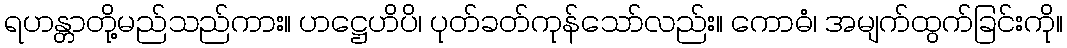
ရဟန္တာတို့မည်သည်ကား။ ဟဋ္ဌေဟိပိ၊ ပုတ်ခတ်ကုန်သော်လည်း။ ကောဓံ၊ အမျက်ထွက်ခြင်းကို။